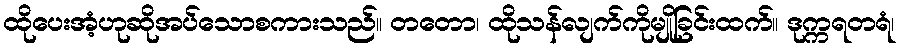
ထိုပေးအံ့ဟုဆိုအပ်သောစကားသည်။ တတော၊ ထိုသန်လျက်ကိုမျိုခြင်းထက်။ ဒုက္ကရတရံ၊